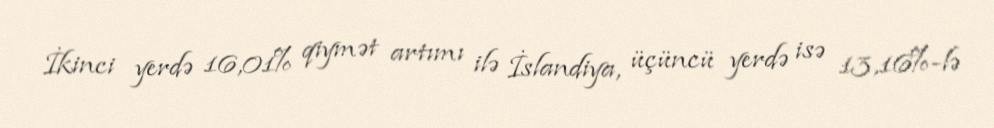
İkinci yerdə 16,01% qiymət artımı ilə İslandiya, üçüncü yerdə isə 13,16%-lə